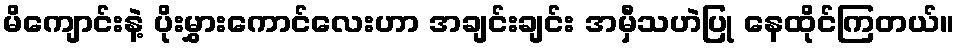
မိကျောင်းနဲ့ ပိုးမွှားကောင်လေးဟာ အချင်းချင်း အမှီသဟဲပြု နေထိုင်ကြတယ်။